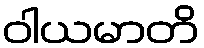
ဝါယမာတိ